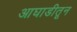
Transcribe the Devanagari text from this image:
आघाडीतून